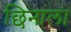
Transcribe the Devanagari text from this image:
छिनाला